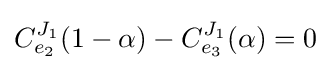
C_{e_{2}}^{J_{1}}(1-\alpha )-C_{e_{3}}^{J_{1}}(\alpha )=0